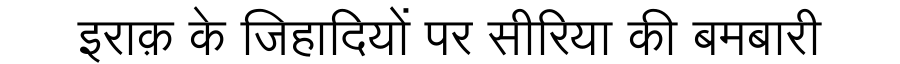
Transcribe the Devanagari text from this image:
इराक़ के जिहादियों पर सीरिया की बमबारी